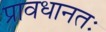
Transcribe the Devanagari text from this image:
प्रावधानतः